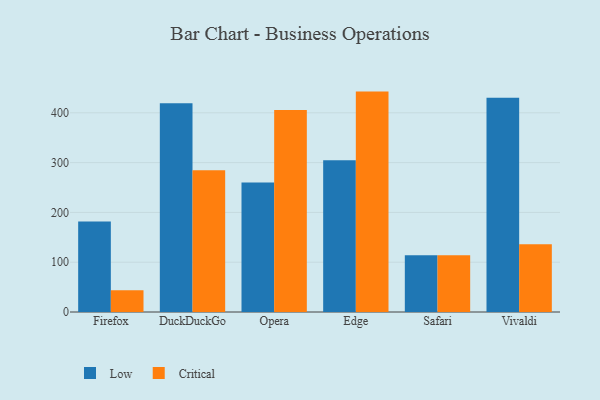
{"axis": {"x": "Browser", "y": "Bounce Rate (%)"}, "legend": ["Critical", "Low"], "data": [{"x": "Firefox", "y": 181.6, "type": "Low"}, {"x": "Firefox", "y": 43.9, "type": "Critical"}, {"x": "DuckDuckGo", "y": 419.3, "type": "Low"}, {"x": "DuckDuckGo", "y": 284.9, "type": "Critical"}, {"x": "Opera", "y": 260.0, "type": "Low"}, {"x": "Opera", "y": 405.5, "type": "Critical"}, {"x": "Edge", "y": 304.5, "type": "Low"}, {"x": "Edge", "y": 442.6, "type": "Critical"}, {"x": "Safari", "y": 114.0, "type": "Low"}, {"x": "Safari", "y": 113.8, "type": "Critical"}, {"x": "Vivaldi", "y": 430.4, "type": "Low"}, {"x": "Vivaldi", "y": 136.3, "type": "Critical"}]}